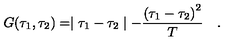
G ( \tau _ { 1 } , \tau _ { 2 } ) = \mid \tau _ { 1 } - \tau _ { 2 } \mid - { \frac { { ( \tau _ { 1 } - \tau _ { 2 } ) } ^ { 2 } } { T } } \quad .